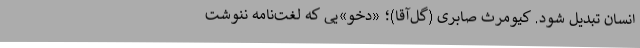
انسان تبدیل شود. کیومرث صابری (گل‌آقا)؛ «دخو»یی که لغت‌نامه ننوشت